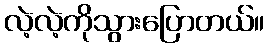
လဲ့လဲ့ကိုသွားပြောတယ်။